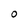
Character: 0